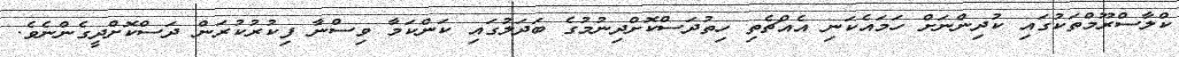
ކްލާސްރޫމްތަކުގައި ކުދިންނަށް ހަމައެކަނި އެއްޗެތި ހިތުދަސްކޮށްދިނުމުގެ ބަދަލުގައި ކަންކަމާ ވިސްނާ ފިކުރުކުރަން ދަސްކޮށްދީގެންނެވެ.